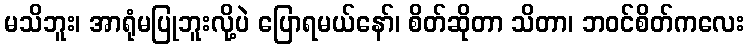
မသိဘူး၊ အာရုံမပြုဘူးလို့ပဲ ပြောရမယ်နော်၊ စိတ်ဆိုတာ သိတာ၊ ဘဝင်စိတ်ကလေး